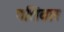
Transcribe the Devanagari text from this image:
पतिवार